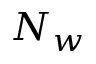
N _ { w }